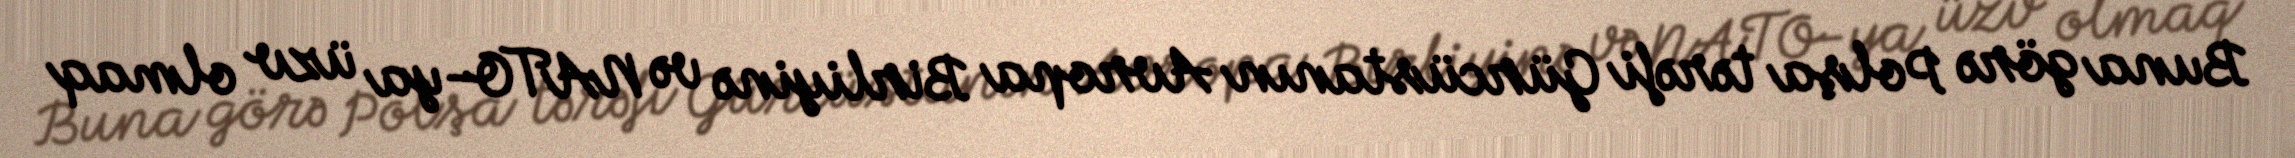
Buna görə Polşa tərəfi Gürcüstanın Avropa Birliyinə və NATO-ya üzv olmaq